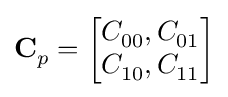
\mathbf {C} _{p}^{}={\begin{bmatrix}C_{00}^{},C_{01}^{}\\C_{10}^{},C_{11}^{}\\\end{bmatrix}}